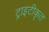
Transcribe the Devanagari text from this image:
ट्राइटीकृत